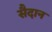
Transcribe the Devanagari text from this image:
सैदान